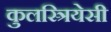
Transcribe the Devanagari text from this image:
कुलस्त्रियेसी